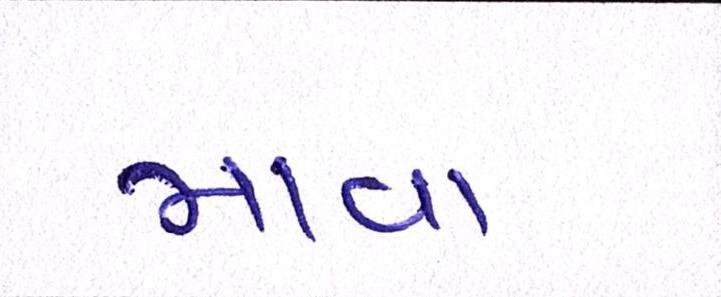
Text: માવા